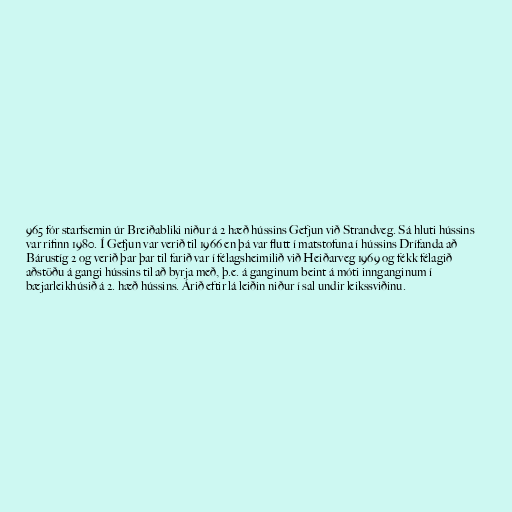
965 fór starfsemin úr Breiðabliki niður á 2 hæð hússins Gefjun við Strandveg. Sá hluti hússins
var rifinn 1980. Í Gefjun var verið til 1966 en þá var flutt í matstofuna í hússins Drífanda að
Bárustíg 2 og verið þar þar til farið var í félagsheimilið við Heiðarveg 1969 og fékk félagið
aðstöðu á gangi hússins til að byrja með, þ.e. á ganginum beint á móti innganginum í
bæjarleikhúsið á 2. hæð hússins. Árið eftir lá leiðin niður í sal undir leikssviðinu.